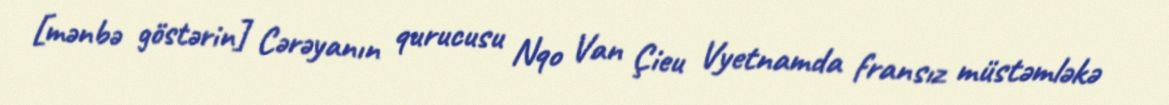
[mənbə göstərin] Cərəyanın qurucusu Nqo Van Çieu Vyetnamda fransız müstəmləkə